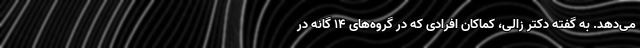
می‌دهد. به گفته دکتر زالی، کماکان افرادی که در گروه‌های 14 گانه در